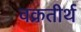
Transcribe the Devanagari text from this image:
वक्रतीर्थ